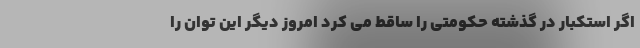
اگر استکبار در گذشته حکومتی را ساقط می کرد امروز دیگر این توان را